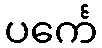
ပင်္ကေ